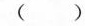
( )